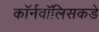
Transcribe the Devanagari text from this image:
कॉर्नवॉलिसकडे